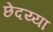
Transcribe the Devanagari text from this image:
छेदय्या